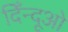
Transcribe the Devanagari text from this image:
दिँन्दूओ